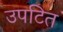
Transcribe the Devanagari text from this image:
उपटित